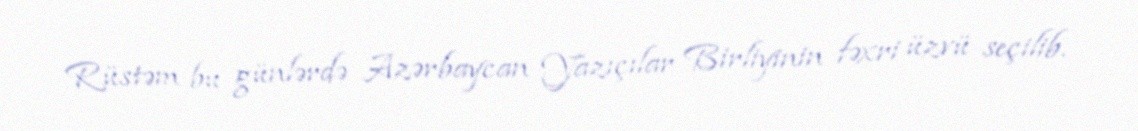
Rüstəm bu günlərdə Azərbaycan Yazıçılar Birliyinin fəxri üzvü seçilib.